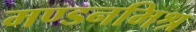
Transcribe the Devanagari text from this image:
मण्डनमिश्र